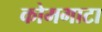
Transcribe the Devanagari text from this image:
कोमगाटा